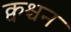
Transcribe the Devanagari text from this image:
क्वश्चन